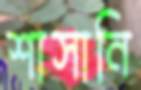
শাসানি